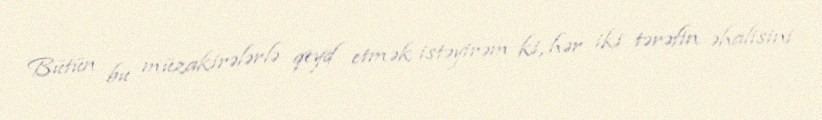
Bütün bu müzakirələrlə qeyd etmək istəyirəm ki, hər iki tərəfin əhalisini